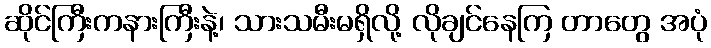
ဆိုင်ကြီးကနားကြီးနဲ့၊ သားသမီးမရှိလို့ လိုချင်နေကြ တာတွေ အပုံ